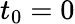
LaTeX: t_{0}=0